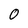
Character: 0